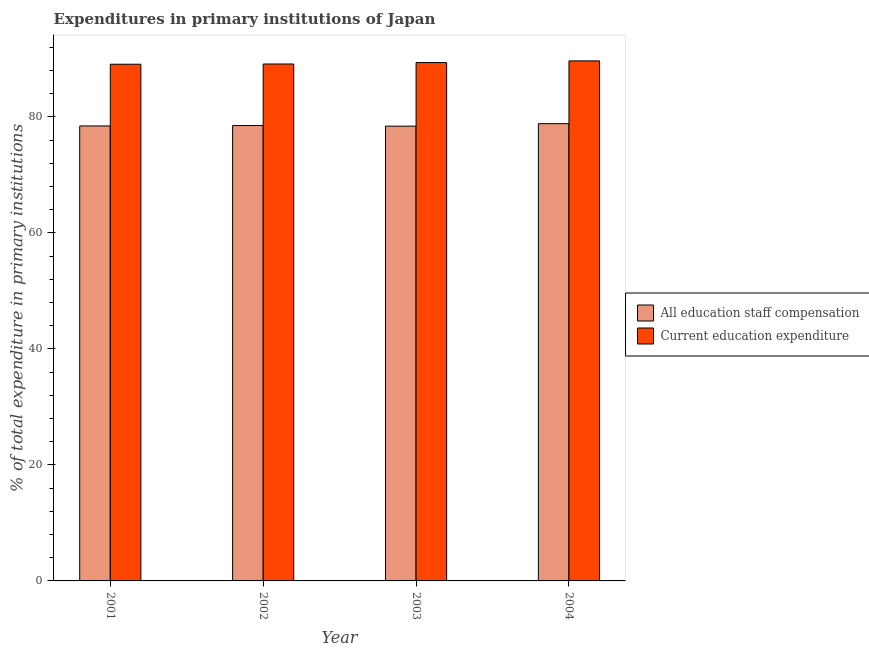
| Year | All education staff compensation | Current education expenditure |
 | --- | --- | --- |
 | 2001 | 78.4 | 89.1 |
 | 2002 | 78.5 | 89.1 |
 | 2003 | 78.4 | 89.4 |
 | 2004 | 78.8 | 89.7 |